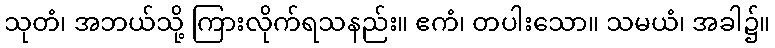
သုတံ၊ အဘယ်သို့ ကြားလိုက်ရသနည်း။ ဧကံ၊ တပါးသော။ သမယံ၊ အခါ၌။